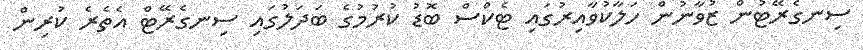
ސިނގެރޭޓުން ޒުވާނުން ހަލާކުވާއިރުގައި ޓެކްސް ބޮޑު ކުރުމުގެ ބަދަލުގައި ސިނގެރޭޓް އެތެރެ ކުރިން